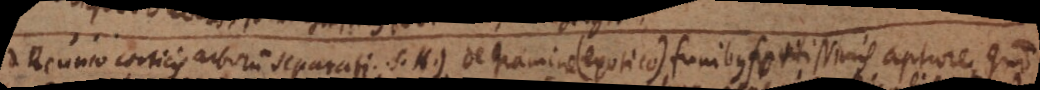
Reunio corticis arborum separati. S.H.) De gramine (exotico) funibus fortissimis aptiore, quam